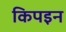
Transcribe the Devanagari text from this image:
किपइन